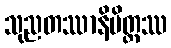
သုညတဿာနိမိတ္တဿ